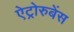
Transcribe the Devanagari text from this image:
ऐट्रोरुबेंस